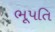
ભૂપતિ